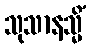
သုသာနသ္မိံ